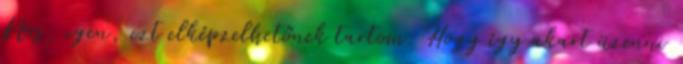
Nos, igen, ezt elképzelhetőnek tartom. Hogy így akart üzenni